Scientific memoirs by medical officers of the Army of India - Part VI,
Year: 1891
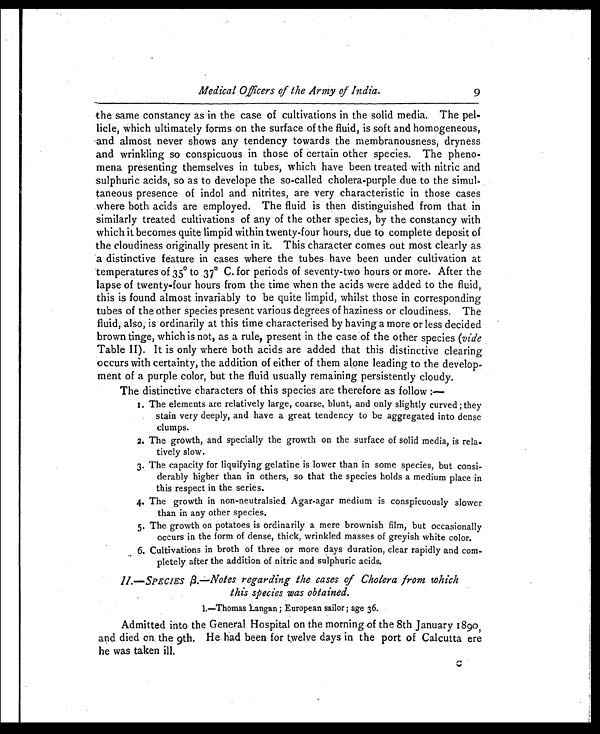
Medical Officers of the Army of India.
the same constancy as in the case of cultivations in the solid media. The pel-
licle, which ultimately forms on the surface of the fluid, is soft and homogeneous,
and almost never shows any tendency towards the membranousness, dryness
and wrinkling so conspicuous in those of certain other species. The pheno-
mena presenting themselves in tubes, which have been treated with nitric and
sulphuric acids, so as to develope the so-called cholera-purple due to the simul-
taneous presence of indol and nitrites, are very characteristic in those cases
where both acids are employed. The fluid is then distinguished from that in
similarly treated cultivations of any of the other species, by the constancy with
which it becomes quite limpid within twenty-four hours, due to complete deposit of
the cloudiness originally present in it. This character comes out most clearly as
a distinctive feature in cases where the tubes have been under cultivation at
temperatures of 35° to
37°
C. for periods of seventy-two hours or more. After the
lapse of twenty-four hours from the time when the acids were added to the fluid,
this is found almost invariably to be quite limpid, whilst those in corresponding
tubes of the other species present various degrees of haziness or cloudiness. The
fluid, also, is ordinarily at this time characterised by having a more or less decided
brown tinge, which is not, as a rule, present in the case of the other species (vide
Table II) . It is only where both acids are added that this distinctive clearing
occurs with certainty, the addition of either of them alone leading to the develop-
ment of a purple color, but the fluid usually remaining persistently cloudy.
II.—SPECIES β.—Notes regarding the cases of Cholera from which
this species was obtained.
1.—Thomas Langan; European sailor; age 36.
Admitted into the General Hospital on the morning of the 8th January 1890,
and died on. the 9th. He had been for twelve days in the port of Calcutta ere
he was taken ill.
9